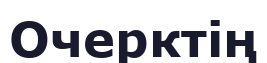
Очерктің